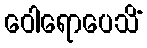
ဝေါရောပေသိံ